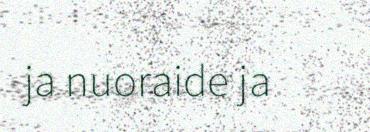
ja nuoraide ja